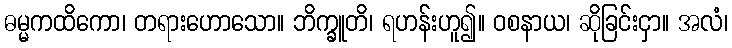
ဓမ္မကထိကော၊ တရားဟောသော။ ဘိက္ခူတိ၊ ရဟန်းဟူ၍။ ဝစနာယ၊ ဆိုခြင်းငှာ။ အလံ၊